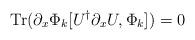
LaTeX: \begin{align*}{\rm Tr}( \partial_x \Phi_k [U^\dagger \partial_x U, \Phi_k ] ) =0\end{align*}